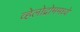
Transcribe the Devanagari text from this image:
व्हेलोद्रोममध्ये